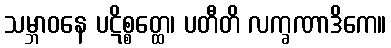
သမ္ဘာဝနေ ပဋိစ္စတ္ထေ၊ ပတီတိ လက္ခဏာဒိကေ။